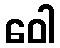
ဝေါ